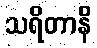
သရိတာနိ